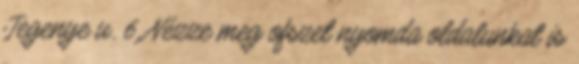
Jegenye u. 6. Nézze meg ofszet nyomda oldalunkat is